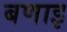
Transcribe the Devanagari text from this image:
बणाइ